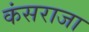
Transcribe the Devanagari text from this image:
कंसराजा